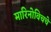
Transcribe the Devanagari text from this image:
मारिनोविचचे